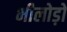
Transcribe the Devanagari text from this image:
भीलोड़ो